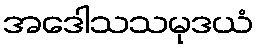
အဒေါသသမုဒယံ